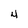
Character: 4